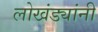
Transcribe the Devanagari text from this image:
लोखंड्यांनी